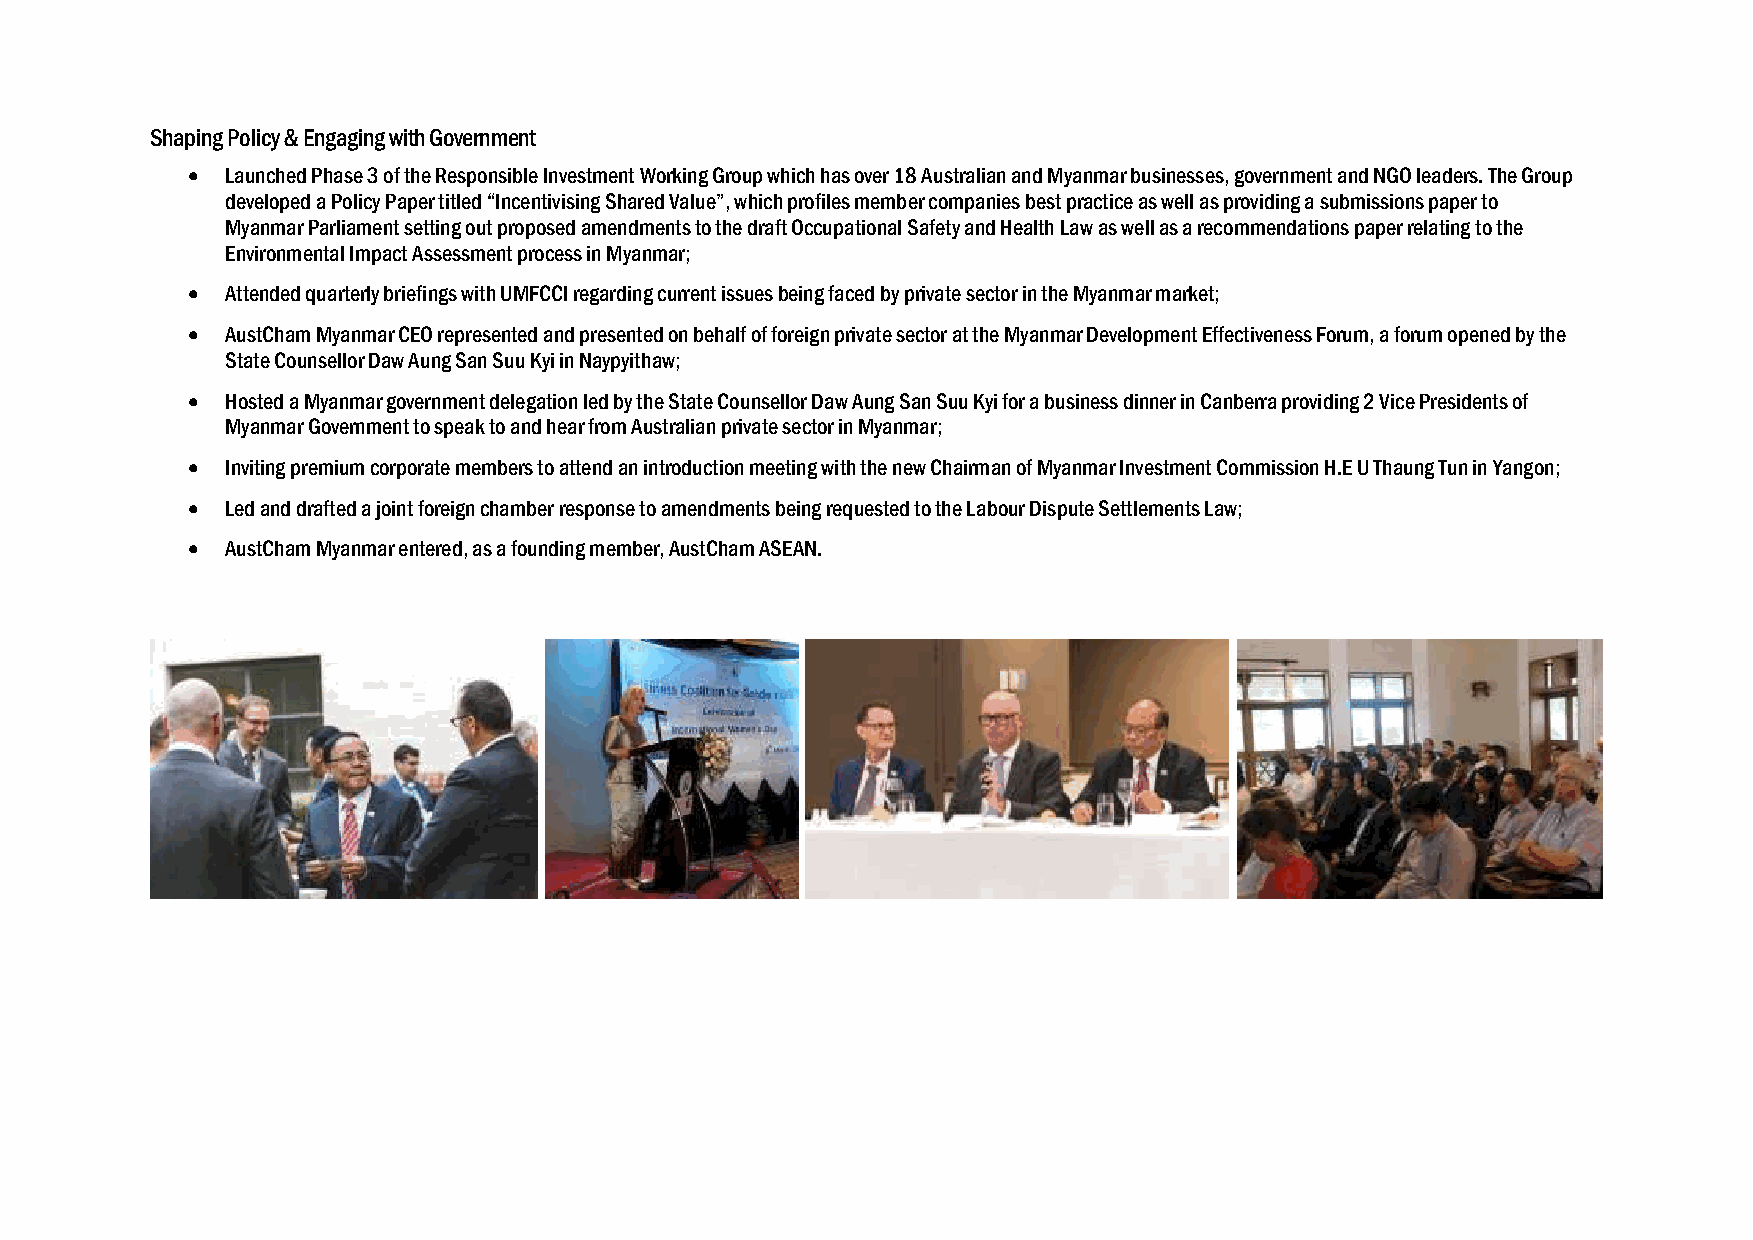
Shaping Policy & Engaging with Government
   Launched Phase 3 of the Responsible Investment Working Group which has over 18 Australian and Myanmar businesses, government and NGO leaders. The Group
 developed a Policy Paper titled “Incentivising Shared Value”, which profiles member companies best practice as well as providing a submissions paper to
 Myanmar Parliament setting out proposed amendments to the draft Occupational Safety and Health Law as well as a recommendations paper relating to the
 Environmental Impact Assessment process in Myanmar;
   Attended quarterly briefings with UMFCCI regarding current issues being faced by private sector in the Myanmar market;
   AustCham Myanmar CEO represented and presented on behalf of foreign private sector at the Myanmar Development Effectiveness Forum, a forum opened by the
 State Counsellor Daw Aung San Suu Kyi in Naypyithaw;
   Hosted a Myanmar government delegation led by the State Counsellor Daw Aung San Suu Kyi for a business dinner in Canberra providing 2 Vice Presidents of
 Myanmar Government to speak to and hear from Australian private sector in Myanmar;
   Inviting premium corporate members to attend an introduction meeting with the new Chairman of Myanmar Investment Commission H.E U Thaung Tun in Yangon;
   Led and drafted a joint foreign chamber response to amendments being requested to the Labour Dispute Settlements Law;
   AustCham Myanmar entered, as a founding member, AustCham ASEAN.